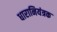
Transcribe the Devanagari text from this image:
धारानियंत्रक